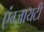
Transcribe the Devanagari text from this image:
एंग्ज़ायटी